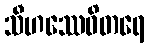
သီဟဿေဝိတရေ